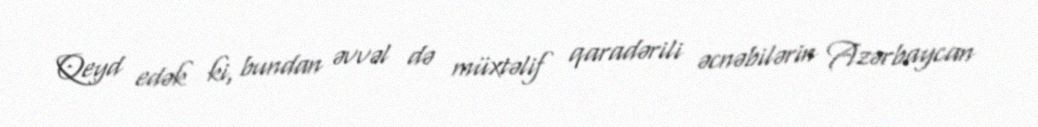
Qeyd edək ki, bundan əvvəl də müxtəlif qaradərili əcnəbilərin Azərbaycan